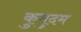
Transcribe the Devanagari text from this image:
कुमुदम